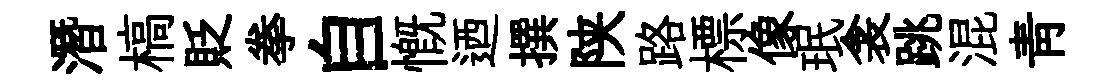
潛槁貶拳自慨迺撰陕路標像珉衾跳混青